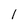
Character: l